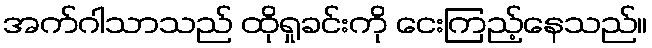
အက်ဂါသာသည် ထိုရှုခင်းကို ငေးကြည့်နေသည်။